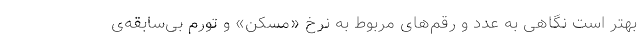
بهتر است نگاهی به عدد و رقم‌های مربوط به نرخِ «مسکن» و تورم بی‌سابقه‌ی